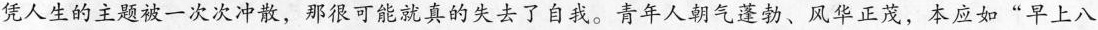
凭人生的主题被一次次冲散，那很可能就真的失去了自我。青年人朝气蓬勃、风华正茂，本应如”早上八